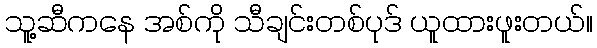
သူ့ဆီကနေ အစ်ကို သီချင်းတစ်ပုဒ် ယူထားဖူးတယ်။